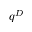
q ^ { D }